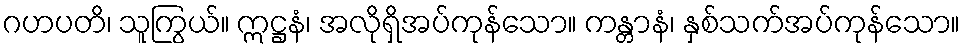
ဂဟပတိ၊ သူကြွယ်။ ဣဋ္ဌနံ၊ အလိုရှိအပ်ကုန်သော။ ကန္တာနံ၊ နှစ်သက်အပ်ကုန်သော။